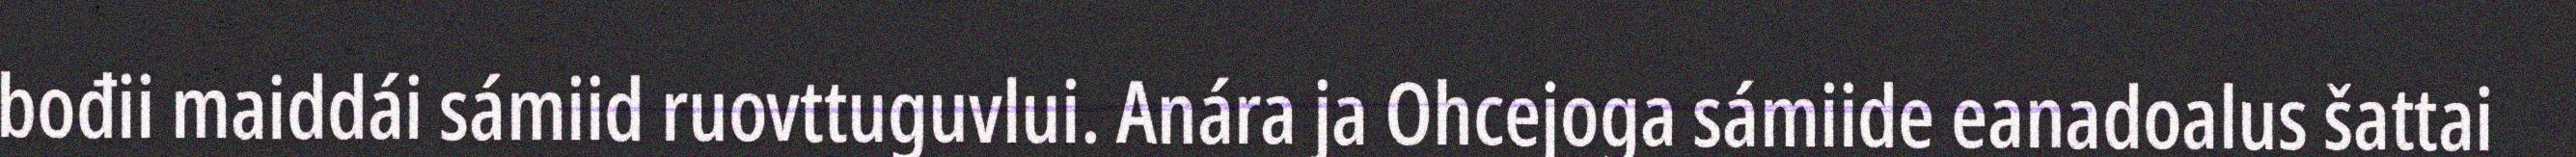
bođii maiddái sámiid ruovttuguvlui. Anára ja Ohcejoga sámiide eanadoalus šattai